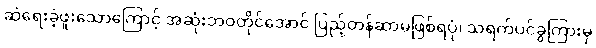
ဆဲရေးခဲ့ဖူးသောကြောင့် အဆုံးဘဝတိုင်အောင် ပြည့်တန်ဆာမဖြစ်ရပုံ၊ သရက်ပင်ခွကြားမှ